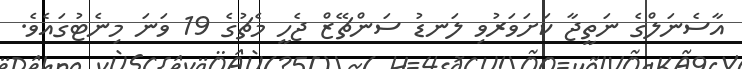
އާސެނަލްގެ ނަތީޖާ ކަށަވަރުވި ލަނޑު ސަންޗޭޒް ޖެހީ މެޗުގެ 19 ވަނަ މިނެޓުގައެވެ.